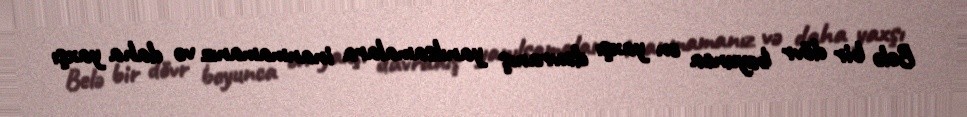
Belə bir dövr boyunca ən yaxşı davranış yanılsamalara inanmamanız və daha yaxşı